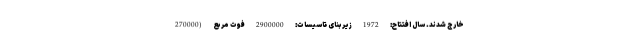
خارج شدند. سال افتتاح: 1972 زیربنای تاسیسات: 2900000 فوت مربع (270000